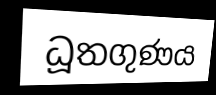
ධූතගුණය